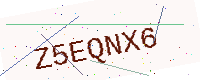
Text: Z5EQNX6